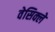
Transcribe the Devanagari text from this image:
वेसिक्ले